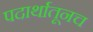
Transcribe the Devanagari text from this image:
पदार्थातूनच